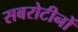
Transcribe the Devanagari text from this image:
सबरोटीनों